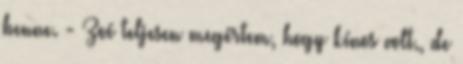
benne. - Zoé teljesen megértem, hogy kínos volt., de